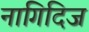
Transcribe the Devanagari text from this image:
नागिदिज